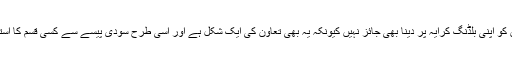
ایسے سودی اداروں کو اپنی بلڈنگ کرایہ پر دینا بھی جائز نہیں کیونکہ یہ بھی تعاون کی ایک شکل ہے اور اسی طرح سودی پیسے سے کسی قسم کا استفادہ کرنا حرام ہے۔